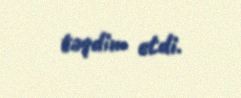
təqdim etdi.